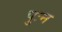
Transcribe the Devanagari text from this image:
पुःन